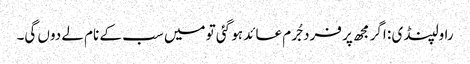
راولپنڈی : اگر مجھ پر فرد جُرم عائد ہو گئی تو میں سب کے نام لے دوں گی۔